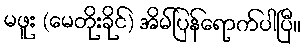
မဖူး (မေတိုးခိုင်) အိမ်ပြန်ရောက်ပါပြီ။